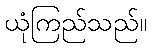
ယုံကြည်သည်။